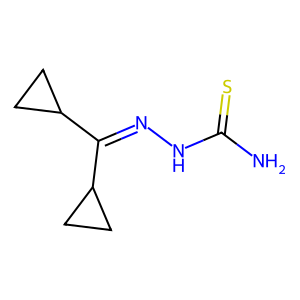
SMILES: NC(=S)NN=C(C1CC1)C1CC1
Inhibits HIV replication: No